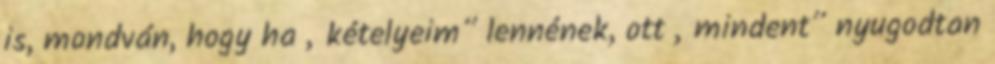
is, mondván, hogy ha „kételyeim” len­né­nek, ott „mindent” nyu­godtan